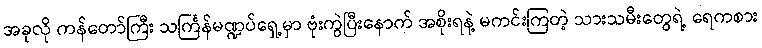
အခုလို ကန်တော်ကြီး သင်္ကြန်မဏ္ဍပ်ရှေ့မှာ ဗုံးကွဲပြီးနောက် အစိုးရနဲ့ မကင်းကြတဲ့ သားသမီးတွေရဲ့ ရေကစား